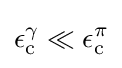
\epsilon _{\text{c}}^{\gamma }\ll \epsilon _{\text{c}}^{\pi }